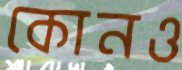
কোনও